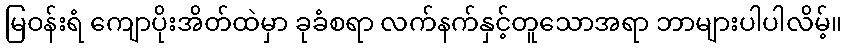
မြဝန်းရံ ကျောပိုးအိတ်ထဲမှာ ခုခံစရာ လက်နက်နှင့်တူသောအရာ ဘာများပါပါလိမ့်။